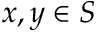
x , y \in S